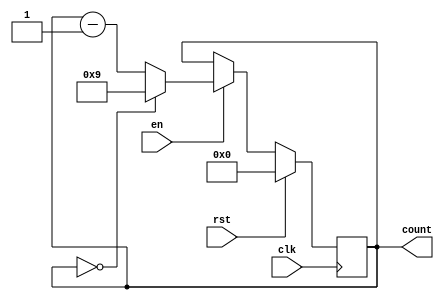
module BCD_Down_Counter(
    input wire clk,
    input wire rst,
    input wire en,
    output reg [3:0] count
);

reg [3:0] temp_count;

always @(posedge clk) begin
    if (rst) begin
        temp_count <= 4'b0000;
    end else if (en) begin
        if (temp_count == 4'b0000) begin
            temp_count <= 4'b1001; // Initialize to 9
        end else begin
            temp_count <= temp_count - 1;
        end
    end
end

assign count = temp_count;

endmodule